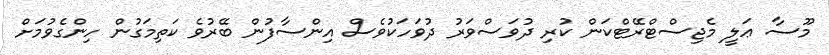
މޫސާ ޢަލީ މެޖިސްޓްރޭޓްކަން ކުރި ދުވަސްވަރު ދުވަހަކުވެސް އިންސާފުން ބޭރުވެ ކަތިމަގުން ހިންގެވުމަށް